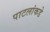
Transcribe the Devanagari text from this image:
पाटलांकडे